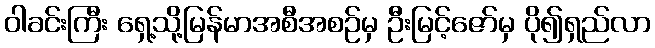
ဝါခင်းကြီး ရှေ့သို့မြန်မာအစီအစဉ်မှ ဦးမြင့်ဇော်မှ ပို၍ရှည်လာ